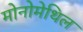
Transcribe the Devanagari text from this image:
मोनोमेथिल